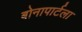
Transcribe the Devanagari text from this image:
बोनापार्टला